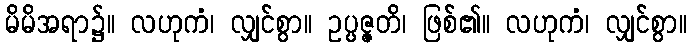
မိမိအရာ၌။ လဟုကံ၊ လျှင်စွာ။ ဥပ္ပဇ္ဇတိ၊ ဖြစ်၏။ လဟုကံ၊ လျှင်စွာ။